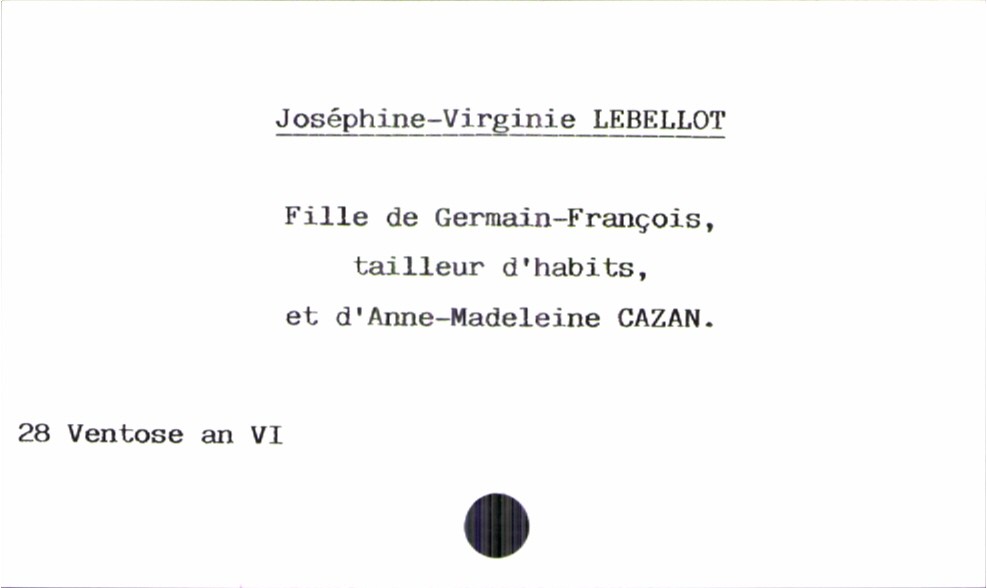
type_acte: Baptême
filiation: fille
enfant_prénom: Joséphine-Virginie
enfant_date_de_naissance: 28 ventose an VI
père_enfant_nom: Lebellot
père_enfant_prénom: Germain-François
père_enfant_profession: tailleur d'habits
mère_enfant_nom: Cazan
mère_enfant_prénom: Anne-Madeleine